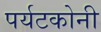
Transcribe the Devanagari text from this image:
पर्यटकोनी